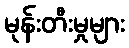
မုန်းတီးမှုများ